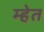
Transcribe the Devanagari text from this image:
म्हेत